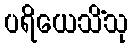
ပရိယေသိံသု